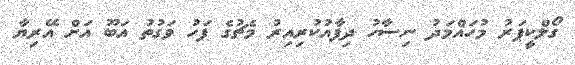
ގޯލްކީޕަރު މުހައްމަދު ނިސާހު ދިފާއުކުރިއިރު މެޗުގެ ފަހު ވަގުތު އަބޫ އަށް އޭރިޔާ